Report of the Indian Hemp Drugs Commission, 1894-1895 - Volume V
Year: 1894
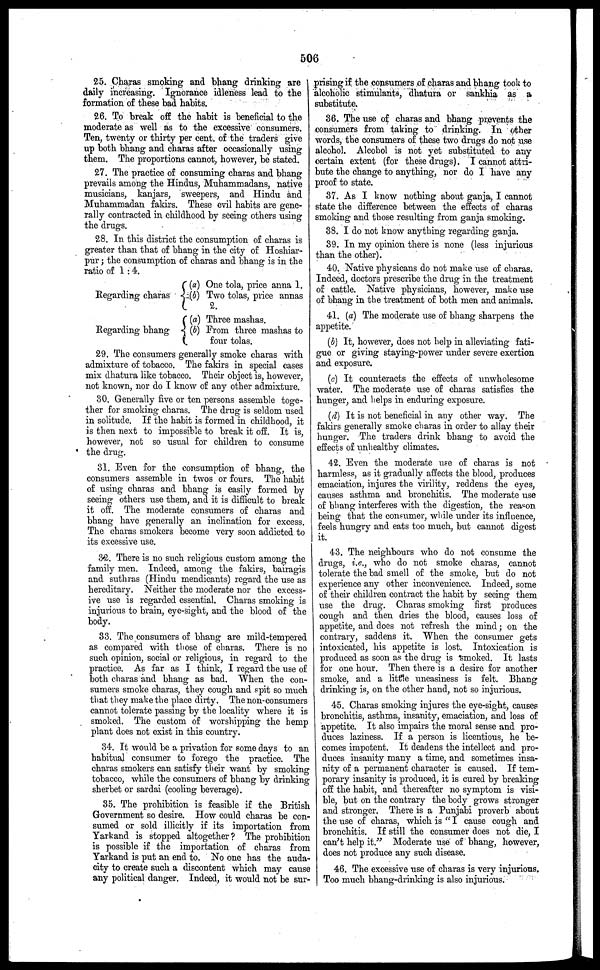
506
25. Charas smoking and bhang drinking are
daily increasing. Ignorance idleness lead to the
formation of these bad habits.
26. To break off the habit is beneficial to the
moderate as well as to the excessive consumers.
Ten, twenty or thirty per cent. of the traders give
up both bhang and charas after occasionally using
them. The proportions cannot, however, be stated.
27. The practice of consuming charas and bhang
prevails among the Hindus, Muhammadans, native
musicians, kanjars, sweepers, and Hindu and
Muhammadan fakirs. These evil habits are gene-
rally contracted in childhood by seeing others using-
the drugs.
28. In this district the consumption of charas is
greater than that of bhang in the city of Hoshiar-
pur; the consumption of charas and bhang is in the
ratio of 1:4.
Regarding charas
Regarding bhang
(a)
(b)
(a)
(b)
One tola, price anna 1.
Two tolas, price annas
2.
Three mashas.
From three mashas to
four tolas.
29. The consumers generally smoke charas with
admixture of tobacco. The fakirs in special cases
mix dhatura like tobacco. Their object is, however,
not known, nor do I know of any other admixture.
30. Generally five or ten persons assemble toge-
ther for smoking charas. The drug is seldom used
in solitude. If the habit is formed in childhood, it
is then next to impossible- to break it off. It is,
however, not so usual for children to consume
the drug.
31. Even for the consumption of bhang, the
consumers assemble in twos or fours. The habit
of using charas and bhang is easily formed by
seeing others use them, and it is difficult to break
it off. The moderate consumers of charas and
bhang have generally an inclination for excess.
The charas smokers become very soon addicted to
its excessive use.
32. There is no such religious custom among the
family men. Indeed, among the fakirs, bairagis
and suthras (Hindu mendicants) regard the use as
hereditary. Neither the moderate nor the excess-
ive use is regarded essential. Charas smoking is
injurious to brain, eye-sight, and the blood of the
body.
33. The consumers of bhang are mild-tempered
as compared with those of charas. There is no
such opinion, social or religious, in regard to the
practice. As far as I think, I regard the use of
both charas and bhang as bad. When the con-
sumers smoke charas, they cough and spit so much
that they make the place dirty. The non-consumers
cannot tolerate passing by the locality where it is
smoked. The custom of worshipping the hemp
plant does not exist in this country.
34. It would be a privation for some days to an
habitual consumer to forego the practice. The
charas smokers can satisfy their want by smoking-
tobacco, while the consumers of bhang by drinking
sherbet or sardai (cooling beverage).
35. The prohibition is feasible if the British
Government so desire. How could charas be con-
sumed or sold illicitly if its importation from
Yarkand is stopped altogether? The prohibition
is possible if the importation of charas from
Yarkand is put an end to. No one has the auda-
city to create such a discontent which may cause
any political danger. Indeed, it would not be sur-
prising if the consumers of charas and bhang took to
alcoholic stimulants, dhatura or sankhia as a
substitute.
36. The use of charas and bhang prevents the
consumers from taking to drinking. In other
words, the consumers of these two drugs do not use
alcohol. Alcohol is not yet substituted to any
certain extent (for these drugs). I cannot attri-
bute the change to anything, nor do I have any
proof to state.
37. As I know nothing about ganja, I cannot
state the difference between the effects of charas
smoking and those resulting from ganja smoking.
38. I do not know anything regarding ganja.
39. In my opinion there is none (less injurious
than the other).
40. Native physicans do not make use of charas.
Indeed, doctors prescribe the drug in the treatment
of cattle. Native physicians, however, make use
of bhang in the treatment of both men and animals.
41. (a) The moderate use of bhang sharpens the
appetite.
(b) It, however, does not help in alleviating fati-
gue or giving staying-power under severe exertion
and exposure.
(c) It counteracts the effects of unwholesome
water. The moderate use of charas satisfies the
hunger, and helps in enduring exposure.
(d) It is not beneficial in any other way. The
fakirs generally smoke charas in order to allay their
hunger. The traders drink bhang to avoid the
effects of unhealthy climates.
42. Even the moderate use of charas is not
harmless, as it gradually affects the blood, produces
emaciation, injures the virility, reddens the eyes,
causes asthma and bronchitis. The moderate use
of bhang interferes with the digestion, the reason
being that the consumer, while under its influence,
feels hungry and eats too much, but cannot digest
it.
43. The neighbours who do not consume the
drugs, i.e., who do not smoke charas, cannot
tolerate the bad smell of the smoke, but do not
experience any other inconvenience. Indeed, some
of their children contract the habit by seeing them
use the drug. Charas smoking first produces
cough and then dries the blood, causes loss of
appetite, and does not refresh the mind; on the
contrary, saddens it. When the consumer gets
intoxicated, his appetite is lost. Intoxication is
produced as soon as the drug is smoked. It lasts
for one hour. Then there is a desire for another
smoke, and a little uneasiness is felt. Bhang
drinking is, on the other hand, not so injurious.
45. Charas smoking injures the eye-sight, causes
bronchitis, asthma, insanity, emaciation, and loss of
appetite. It also impairs the moral sense and pro-
duces laziness. If a person is licentious, he be-
comes impotent. It deadens the intellect and pro-
duces insanity many a time, and sometimes insa-
nity of a permanent character is caused. If tem-
porary insanity is produced, it is cured by breaking
off the habit, and thereafter no symptom is visi-
ble, but on the contrary the body grows stronger
and stronger. There is a Punjabi proverb about
the use of charas, which is " I cause cough and
bronchitis. If still the consumer does not die, I
can't help it." Moderate use of bhang, however,
does not produce any such disease.
46. The excessive use of charas is very injurious.
Too much bhang-drinking is also injurious.